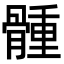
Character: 𩩳